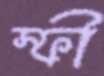
স্ফী